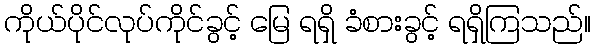
ကိုယ်ပိုင်လုပ်ကိုင်ခွင့် မြေ ရရှိ ခံစားခွင့် ရရှိကြသည်။